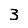
Digit: 3